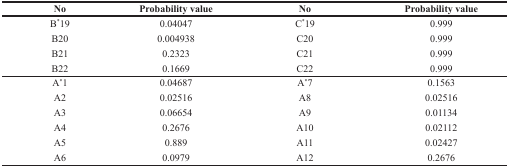
<table><thead><tr><td><b>No</b></td><td><b>Probability value</b></td><td><b>No</b></td><td><b>Probability value</b></td></tr></thead><tbody><tr><td>B<sup>*</sup>19</td><td>0.04047</td><td>C<sup>*</sup>19</td><td>0.999</td></tr><tr><td>B20</td><td>0.004938</td><td>C20</td><td>0.999</td></tr><tr><td>B21</td><td>0.2323</td><td>C21</td><td>0.999</td></tr><tr><td>B22</td><td>0.1669</td><td>C22</td><td>0.999</td></tr><tr><td>A<sup>*</sup>1</td><td>0.04687</td><td>A<sup>*</sup>7</td><td>0.1563</td></tr><tr><td>A2</td><td>0.02516</td><td>A8</td><td>0.02516</td></tr><tr><td>A3</td><td>0.06654</td><td>A9</td><td>0.01134</td></tr><tr><td>A4</td><td>0.2676</td><td>A10</td><td>0.02112</td></tr><tr><td>A5</td><td>0.889</td><td>A11</td><td>0.02427</td></tr><tr><td>A6</td><td>0.0979</td><td>A12</td><td>0.2676</td></tr></tbody></table>